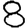
Digit: 8